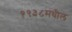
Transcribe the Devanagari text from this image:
१९३८मधील